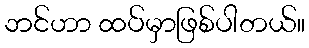
ဘင်ဟာ ထပ်မှာဖြစ်ပါတယ်။